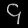
Digit: ၄